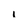
Character: I